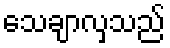
သေချာလှသည်